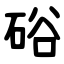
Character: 硲